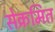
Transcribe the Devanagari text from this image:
सेक्रमित